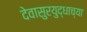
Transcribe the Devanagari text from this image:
देवासुरयुद्धाच्या